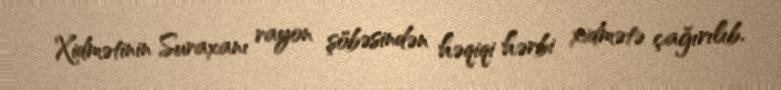
Xidmətinin Suraxanı rayon şöbəsindən həqiqi hərbi xidmətə çağırılıb.